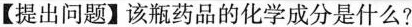
【提出问题】该瓶药品的化学成分是什么?